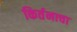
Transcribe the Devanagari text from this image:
किर्तनाचा